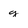
Character: g